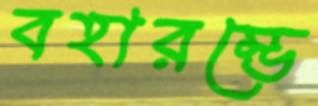
বহারম্ভে